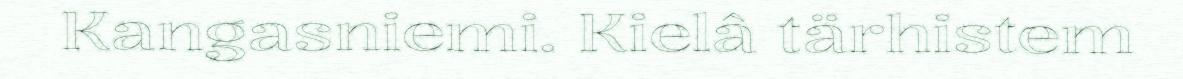
Kangasniemi. Kielâ tärhistem